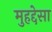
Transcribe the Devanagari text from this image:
मुहद्देसा